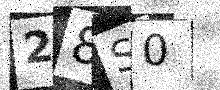
Text: 28S0